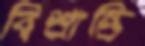
বিশ্রান্তি